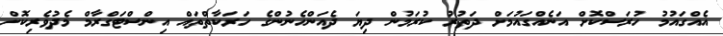
އެއްގައުމު ހުރަސްކޮށް އަނެއްގައުމަށް ދަތުރު ކުރަމުން ދިޔަ ދެއަންހެނުންގެ ހަރަކާތްތައް އިންސްޓަގްރާމް މެދުވެރިކޮށް